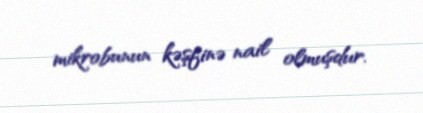
mikrobunun kəşfinə nail olmuşdur.